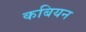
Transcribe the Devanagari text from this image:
कबियन